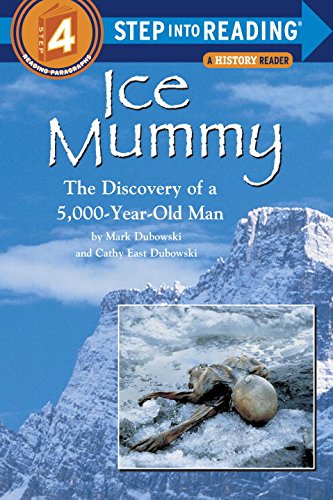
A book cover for Ice Mummy (Step-Into-Reading, Step 4); Mark Dubowski; Children's Books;